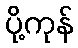
ပို့ကုန်